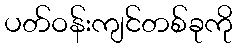
ပတ်ဝန်းကျင်တစ်ခုကို